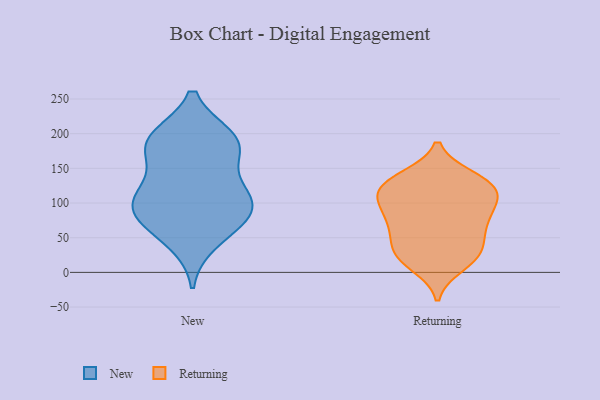
{"axis": {"x": "Demand Index", "y": "Value"}, "legend": ["New", "Returning"], "data": [{"x": "", "y": 75, "type": "New"}, {"x": "", "y": 44, "type": "New"}, {"x": "", "y": 116, "type": "New"}, {"x": "", "y": 96, "type": "New"}, {"x": "", "y": 178, "type": "New"}, {"x": "", "y": 171, "type": "New"}, {"x": "", "y": 90, "type": "New"}, {"x": "", "y": 116, "type": "New"}, {"x": "", "y": 107, "type": "New"}, {"x": "", "y": 191, "type": "New"}, {"x": "", "y": 193, "type": "New"}, {"x": "", "y": 194, "type": "New"}, {"x": "", "y": 71, "type": "New"}, {"x": "", "y": 118, "type": "Returning"}, {"x": "", "y": 10, "type": "Returning"}, {"x": "", "y": 122, "type": "Returning"}, {"x": "", "y": 26, "type": "Returning"}, {"x": "", "y": 135, "type": "Returning"}, {"x": "", "y": 100, "type": "Returning"}, {"x": "", "y": 52, "type": "Returning"}, {"x": "", "y": 34, "type": "Returning"}, {"x": "", "y": 73, "type": "Returning"}, {"x": "", "y": 78, "type": "Returning"}, {"x": "", "y": 106, "type": "Returning"}, {"x": "", "y": 58, "type": "Returning"}, {"x": "", "y": 23, "type": "Returning"}, {"x": "", "y": 99, "type": "Returning"}, {"x": "", "y": 130, "type": "Returning"}, {"x": "", "y": 121, "type": "Returning"}, {"x": "", "y": 137, "type": "Returning"}, {"x": "", "y": 77, "type": "Returning"}, {"x": "", "y": 21, "type": "Returning"}]}